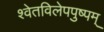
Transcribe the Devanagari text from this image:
श्वेतविलेपपुष्पम्